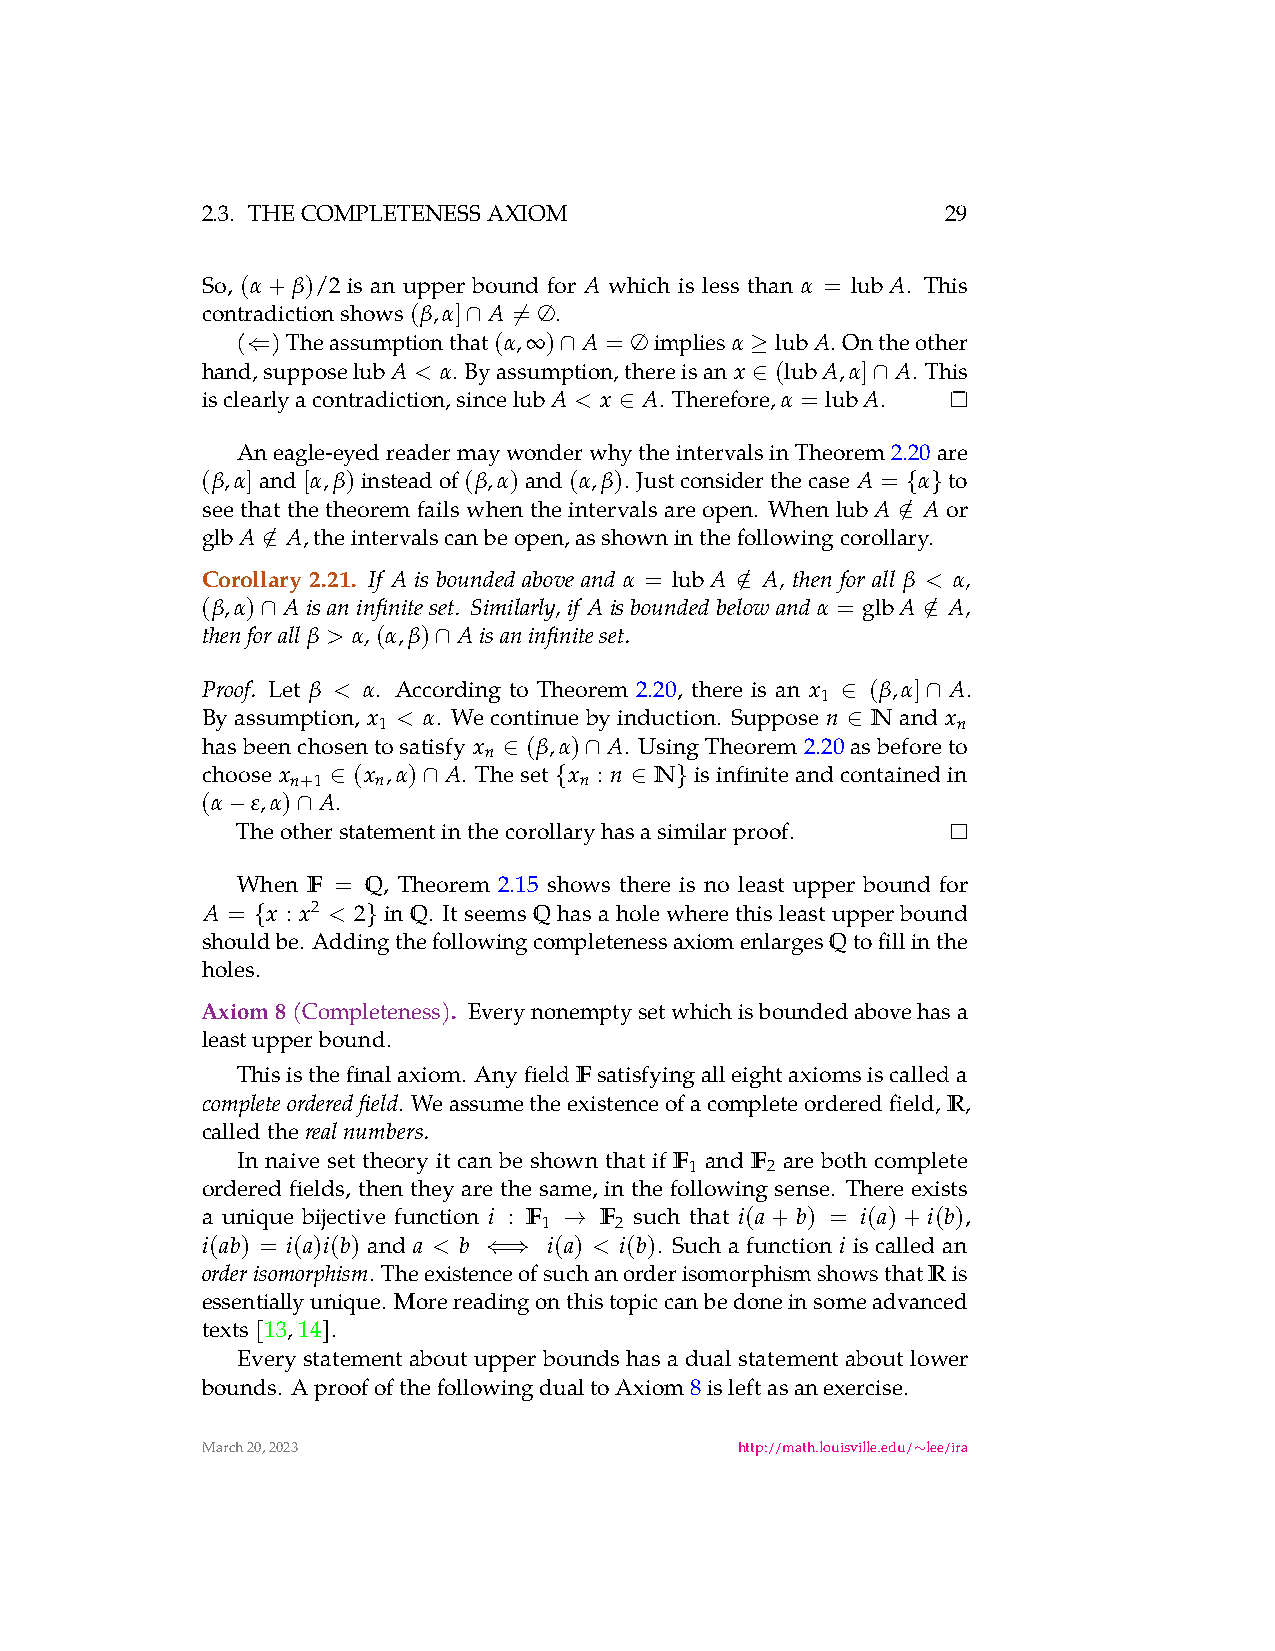
2.3. THECOMPLETENESSAXIOM                         29
 So, (α+β)/2 is an upper bound for A which is less than α = lubA. This
 contradictionshows(β,α] A = ∅.
 ∩  ̸
 ( )Theassumptionthat(α,∞) A = ∅implies α lubA. Ontheother
 ⇐                    ∩            ≥
 hand,suppose lubA < α. Byassumption,thereisan x (lubA,α] A. This
 ∈       ∩
 isclearlyacontradiction,since lubA < x A. Therefore, α = lubA.
 ∈
 Aneagle-eyedreadermaywonderwhytheintervalsinTheorem2.20are
 (β,α]and[α,β)insteadof(β,α)and(α,β). Justconsiderthecase A = α to
 { }
 seethatthetheoremfailswhentheintervalsareopen. When lubA / A or
 ∈
 glbA / A,theintervalscanbeopen,asshowninthefollowingcorollary.
 ∈
 Corollary 2.21. If A is bounded above and α = lubA / A, then for all β < α,
 ∈
 (β,α) A isaninfiniteset. Similarly,if A isboundedbelowand α = glbA / A,
 ∩                                           ∈
 thenforall β > α,(α,β) Aisaninfiniteset.
 ∩
 Proof. Let β < α. According to Theorem 2.20, there is an x (β,α] A.
 1
 ∈    ∩
 By assumption, x < α. We continue by induction. Suppose n N and x
 1                                     n
 ∈
 hasbeenchosentosatisfy x (β,α) A. UsingTheorem2.20asbeforeto
 n
 ∈     ∩
 choose x  (x ,α) A. Theset x : n N isinfiniteandcontainedin
 n+1   n            n
 ∈     ∩        {    ∈  }
 (α  ε,α) A.
 −    ∩
 Theotherstatementinthecorollaryhasasimilarproof.
 When F = Q, Theorem 2.15 shows there is no least upper bound for
 A =  x : x2 < 2 inQ. ItseemsQhasaholewherethisleastupperbound
 {      }
 shouldbe. AddingthefollowingcompletenessaxiomenlargesQtofillinthe
 holes.
 Axiom8(Completeness). Everynonemptysetwhichisboundedabovehasa
 leastupperbound.
 Thisisthefinalaxiom. AnyfieldFsatisfyingalleightaxiomsiscalleda
 . Weassumetheexistenceofacompleteorderedfield,R,
 completeorderedfield
 calledthe
 realnumbers.
 In naive set theory it can be shown that if F and F are both complete
 1    2
 ordered fields, then they are the same, in the following sense. There exists
 a unique bijective function i : F F such that i(a+b) = i(a)+i(b),
 1    2
 →
 i(ab) = i(a)i(b) and a < b i(a) < i(b). Such a function i is called an
 ⇐⇒
 . TheexistenceofsuchanorderisomorphismshowsthatRis
 orderisomorphism
 essentiallyunique. Morereadingonthistopiccanbedoneinsomeadvanced
 texts[13,14].
 Every statement about upper bounds has a dual statement about lower
 bounds. AproofofthefollowingdualtoAxiom8isleftasanexercise.
 March20,2023                        http://math.louisville.edu/ lee/ira
 ∼